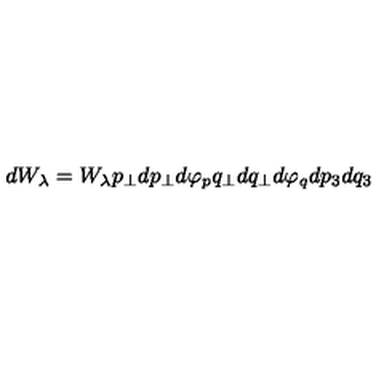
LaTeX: d W _ { \lambda } = W _ { \lambda } p _ { \perp } d p _ { \perp } d \varphi _ { p } q _ { \perp } d q _ { \perp } d \varphi _ { q } d p _ { 3 } d q _ { 3 }